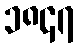
၁၈၄၇